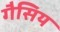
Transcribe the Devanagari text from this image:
गैसिय